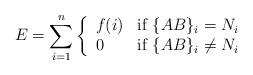
LaTeX: \begin{align*}E = \sum_{i=1}^{n}\left\{ \begin{array}{ll}f(i) & \mbox{if $\{AB\}_i = N_i$} \\0 & \mbox{if $\{AB\}_i \ne N_i$} \end{array}\right. \end{align*}